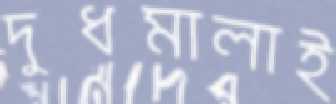
দুধমালাই